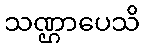
သဏ္ဌာပေသိ